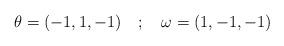
LaTeX: \begin{align*}\theta=(-1,1,-1) \quad ; \quad \omega=(1,-1,-1)\end{align*}